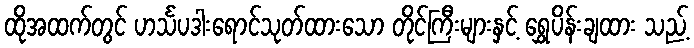
ထိုအထက်တွင် ဟင်္သပဒါးရောင်သုတ်ထားသော တိုင်ကြီးများနှင့် ရွှေပိန်းချထား သည့်